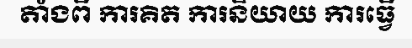
តាំងពី ការគិត ការនិយាយ ការធ្វើ